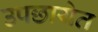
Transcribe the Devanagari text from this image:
उपछायेत